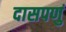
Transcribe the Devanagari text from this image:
दासपणुं